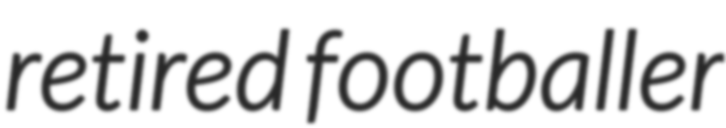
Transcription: retired footballer